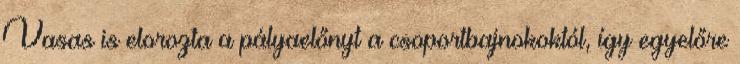
Vasas is elorozta a pályaelőnyt a csoportbajnokoktól, így egyelőre